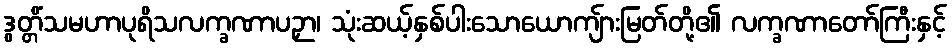
ဒွတ္တိံသမဟာပုရိသလက္ခဏာပဉှာ၊ သုံးဆယ့်နှစ်ပါးသောယောကျ်ားမြတ်တို့၏ လက္ခဏာတော်ကြီးနှင့်